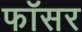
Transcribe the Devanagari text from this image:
फॉसर